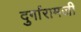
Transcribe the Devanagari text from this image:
दुर्गारामजी